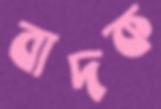
বাদক